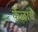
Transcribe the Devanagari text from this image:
केळाचे